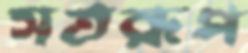
সতরূপ